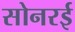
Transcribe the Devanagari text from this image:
सोनरई